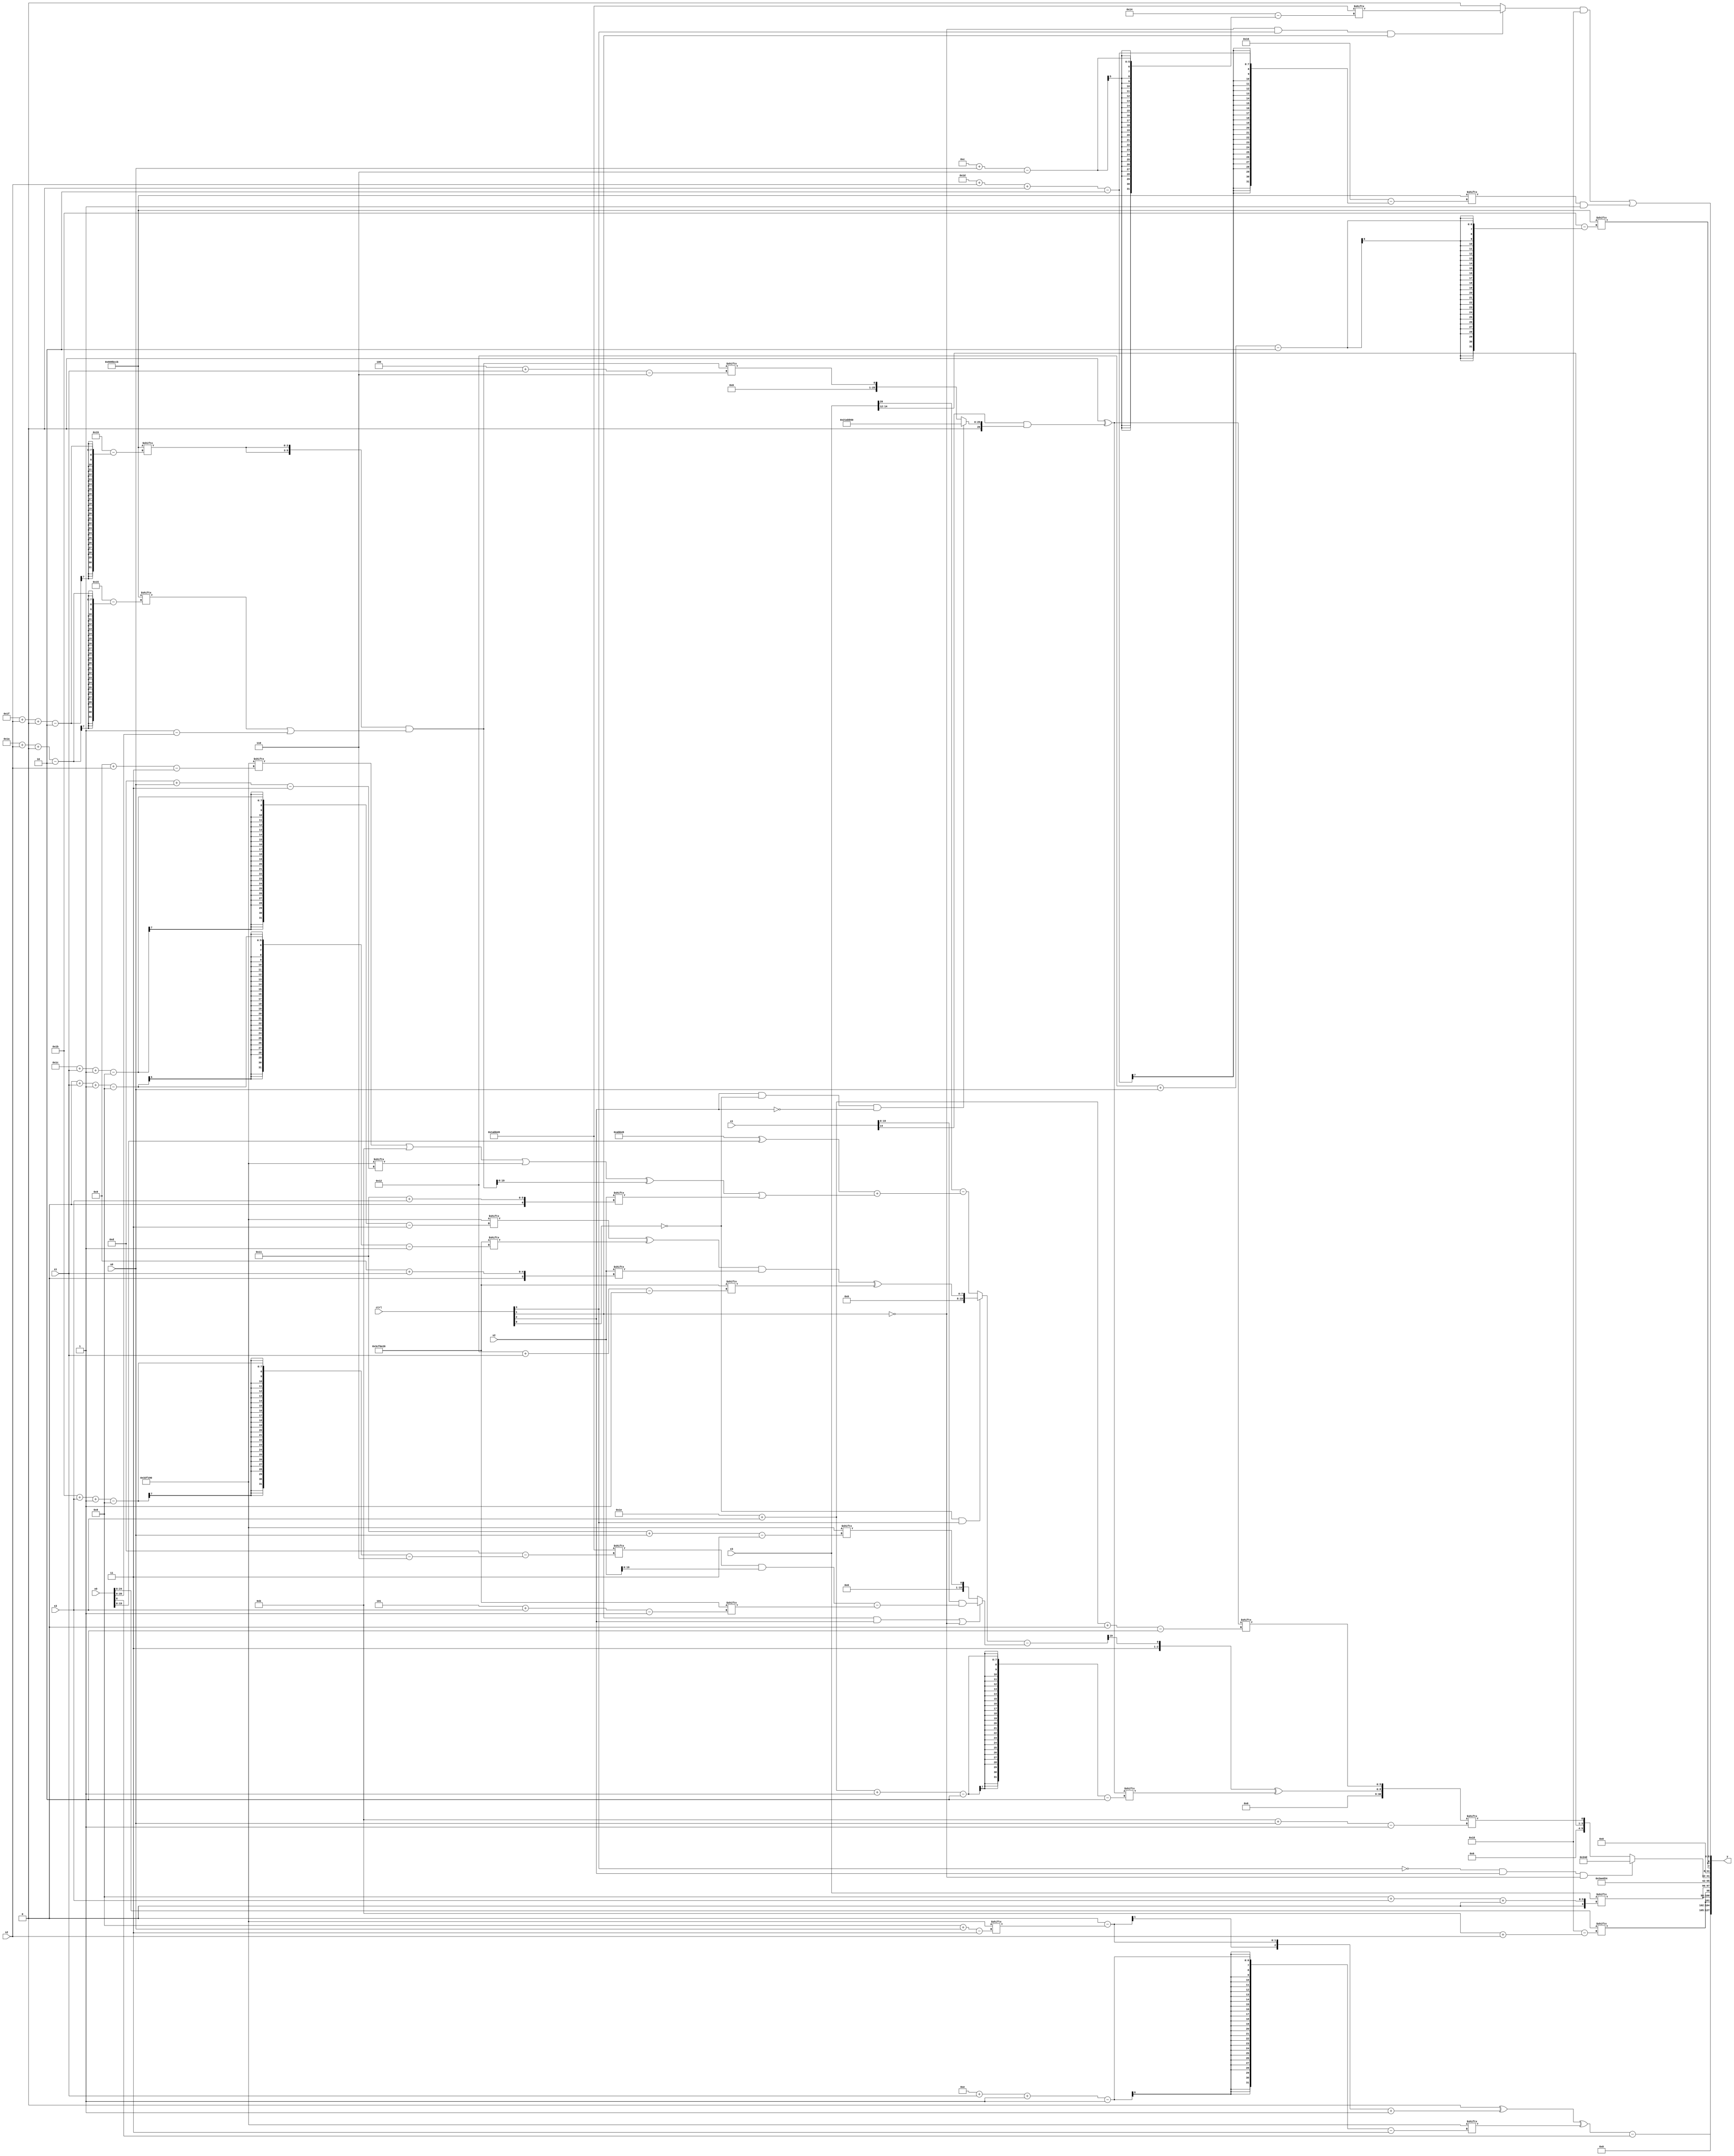
module partsel_00644(ctrl, s0, s1, s2, s3, x0, x1, x2, x3, y);
  input [3:0] ctrl;
  input [2:0] s0;
  input [2:0] s1;
  input [2:0] s2;
  input [2:0] s3;
  input signed [31:0] x0;
  input signed [31:0] x1;
  input [31:0] x2;
  input [31:0] x3;
  wire signed [0:24] x4;
  wire signed [26:6] x5;
  wire signed [6:27] x6;
  wire [30:0] x7;
  wire [30:5] x8;
  wire signed [28:2] x9;
  wire signed [4:31] x10;
  wire signed [2:24] x11;
  wire signed [0:31] x12;
  wire [31:1] x13;
  wire signed [31:1] x14;
  wire [27:5] x15;
  output [127:0] y;
  wire [31:0] y0;
  wire [31:0] y1;
  wire signed [31:0] y2;
  wire signed [31:0] y3;
  assign y = {y0,y1,y2,y3};
  localparam signed [2:29] p0 = 107592907;
  localparam [28:1] p1 = 869232166;
  localparam [24:3] p2 = 993194384;
  localparam [6:26] p3 = 507165513;
  assign x4 = {2{{{2{x0[5 + s2]}}, x0}}};
  assign x5 = ({2{p0[31 + s2 +: 3]}} & (p0[26 + s2 +: 7] | (p1[17 +: 1] - x0)));
  assign x6 = ((!ctrl[0] && !ctrl[0] && ctrl[3] ? (((p2[28 + s1 -: 8] ^ p1[0 + s1 -: 8]) & x2[9 + s1]) ^ p1[18 + s1]) : (x3[20] - ((p3 ^ x0) + ((((p2[9 + s2] | p1[17 -: 4]) | p2[13 + s0]) ^ x5) | x2[17 + s3])))) - (ctrl[1] && ctrl[2] || !ctrl[1] ? (x1 & ((p3[27 + s3 -: 8] & x2) - p1[5 + s3])) : p2[17 + s0]));
  assign x7 = p3;
  assign x8 = p2[9 +: 3];
  assign x9 = (p3[10] ^ (x1[14 +: 1] & (ctrl[2] && !ctrl[0] && !ctrl[2] ? {2{(p2[19 -: 4] + p3)}} : x5[4 + s1])));
  assign x10 = x6[14 +: 2];
  assign x11 = p3[21 + s0 -: 7];
  assign x12 = (ctrl[2] || !ctrl[1] || !ctrl[0] ? p3 : x7);
  assign x13 = {({p2[10 +: 3], x6[8 +: 1]} ^ x9[30 + s3 -: 2]), x9[30 + s3 +: 6]};
  assign x14 = p1[15];
  assign x15 = p0[14 -: 1];
  assign y0 = {((((p2[21 -: 1] & x2[19]) ^ ((x8[13 -: 3] - p2[8 + s0]) + p1[17 +: 1])) ^ p2[14 + s1 -: 1]) - x0[8]), {2{{x4[11 + s2], x3[8 + s3 +: 2]}}}};
  assign y1 = {(p3 & p0[18 +: 3]), x10[8 +: 2]};
  assign y2 = {p3, (!ctrl[3] && ctrl[2] && !ctrl[1] ? {2{{(x10[13 -: 2] | p0[9]), (p3[17 +: 3] ^ p1[17 -: 4])}}} : {x3[12 +: 3], x13[11 + s0]})};
  assign y3 = {{2{p0[18 + s0]}}, (((!ctrl[1] && ctrl[3] && ctrl[1] ? p3[12 + s0] : x13[23]) & {p2[13 +: 4], x8[8]}) | (p0[29 + s2 +: 6] & p1[18 +: 1]))};
endmodule